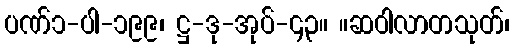
ပဏ်၁-ပါ-၁၉၉၊ ဋ္ဌ-ဒု-အုပ်-၄၃။ ။ဆဝါလာတသုတ်၊